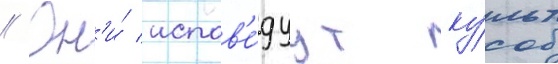
// Он'и́ испов'е́дуут ку́льт